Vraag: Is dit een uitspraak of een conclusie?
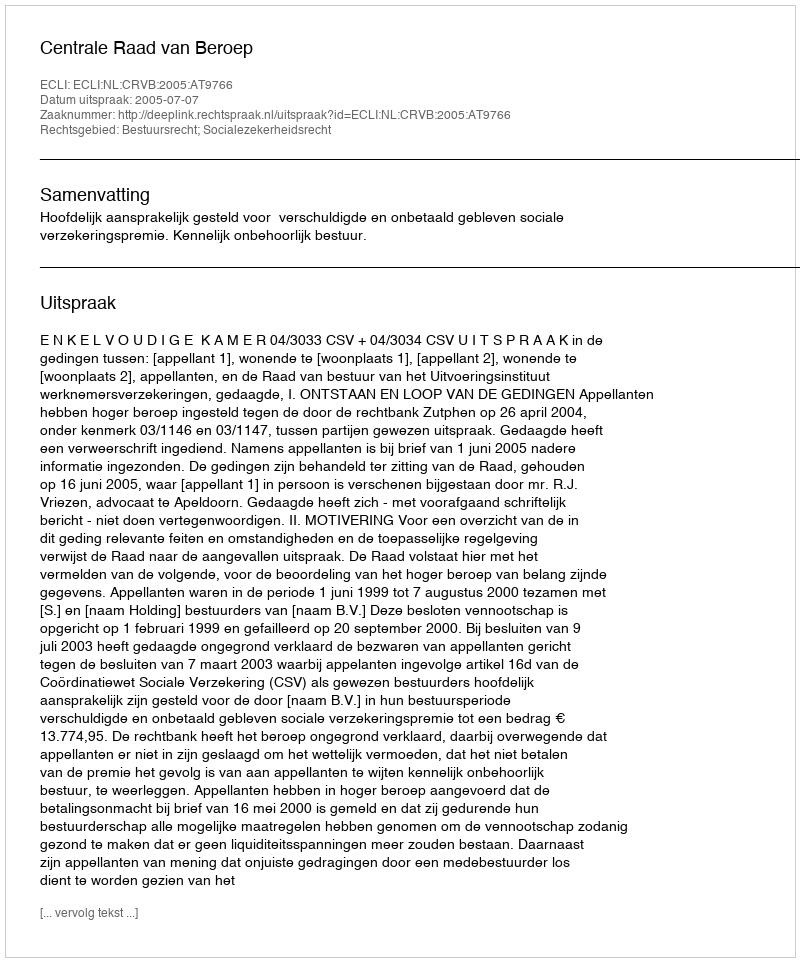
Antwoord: Uitspraak